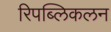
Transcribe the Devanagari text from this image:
रिपब्लिकलन